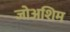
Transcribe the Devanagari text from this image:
जोअशिम